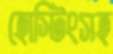
হোস্টিংসহ